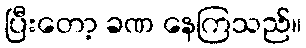
ပြီးတော့ ခဏ နေကြသည်။